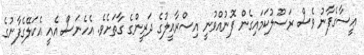
ޢީސާގެފާނު ވެސް ރަސޫލުކަމައިގެން ފޮނުއްވުނީ އިސްރާއީލުގެ ދަރީންގެ ގާތަށެވެ. އެހެނަސް އެއީ އެކަލޭގެފާނުގެ